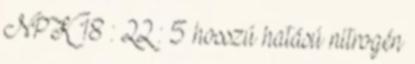
NPK 18 : 22 : 5 hosszú hatású nitrogén